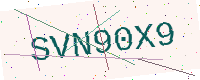
Text: SVN90X9